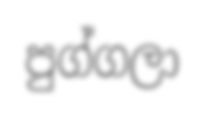
පුග්ගලා